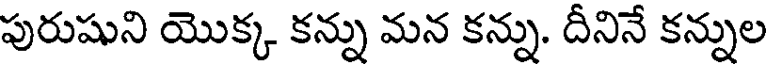
పురుషుని యొక్క కన్ను మన కన్ను. దీనినే కన్నుల